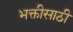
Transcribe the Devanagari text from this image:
भक्तीसाठी